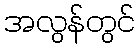
အလွန်တွင်